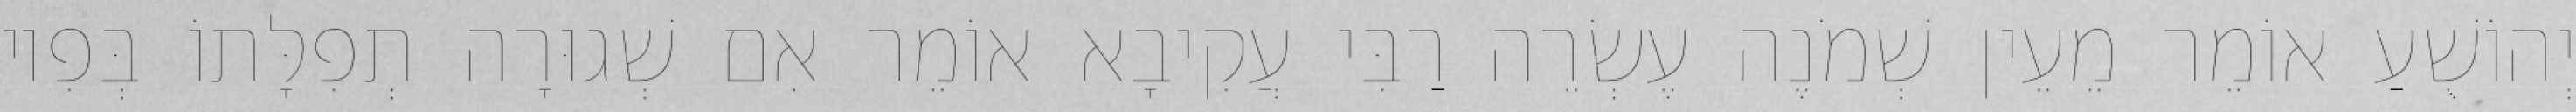
יְהוֹשֻׁעַ אוֹמֵר מֵעֵין שְׁמֹנֶה עֶשְׂרֵה רַבִּי עֲקִיבָא אוֹמֵר אִם שְׁגוּרָה תְפִלָּתוֹ בְּפִיו